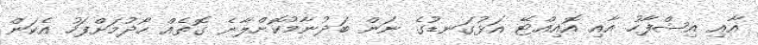
އާއި އިޝްފާހު އާއި އޮއިއްޓޭ އަޅުގަނޑުގެ ނަން ބަދުނާމުކޮށްލާނެ ގޮތެއް ހޯދުމަށްފަހު އެކަން